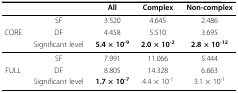
<table><thead><tr><td></td><td></td><td><b>All</b></td><td><b>Complex</b></td><td><b>Non-complex</b></td></tr></thead><tbody><tr><td></td><td>SF</td><td>3.520</td><td>4.645</td><td>2.486</td></tr><tr><td>CORE</td><td>DF</td><td>4.458</td><td>5.510</td><td>3.695</td></tr><tr><td></td><td>Significant level</td><td><b>5.4 × 10<sup>-9</sup></b></td><td><b>2.0 × 10<sup>-2</sup></b></td><td><b>2.8 × 10<sup>-12</sup></b></td></tr><tr><td></td><td>SF</td><td>7.991</td><td>11.066</td><td>5.444</td></tr><tr><td>FULL</td><td>DF</td><td>8.805</td><td>14.328</td><td>6.663</td></tr><tr><td></td><td>Significant level</td><td><b>1.7 × 10<sup>-7</sup></b></td><td>4.4 × 10<sup>-1</sup></td><td>3.1 × 10<sup>-1</sup></td></tr></tbody></table>